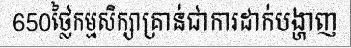
650ថ្លៃកម្មសិក្សាគ្រាន់ជាការដាក់បង្ហាញ